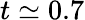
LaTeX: t\simeq 0.7